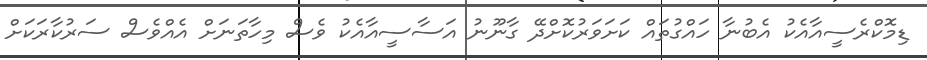
ޑިމޮކްރެސީއާއެކު އެބުނާ ހައްގުތައް ކަށަވަރުކޮށްދޭ ގާނޫނު އަސާސީއާއެކު ވެސް މިހާތަނަށް އެއްވެސް ސަރުކާރަކަށް